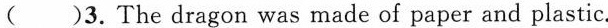
( )3.The dragon was made of paper and plastic.